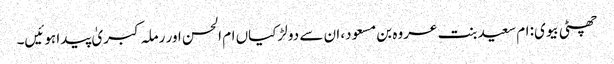
چھٹی بیوی: ام سعید بنت عروہ بن مسعود، ان سے دو لڑکیاں ام الحسن اور رملہ کبریٰ پیدا ہوئیں۔